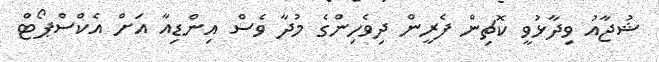
ޝުޖާއު ވިދާޅުވީ ކޮޗިން ފެރީން ދިވެހިންގެ މުދާ ވެސް އިންޑިއާ އަށް އެކްސްޕޯޓް